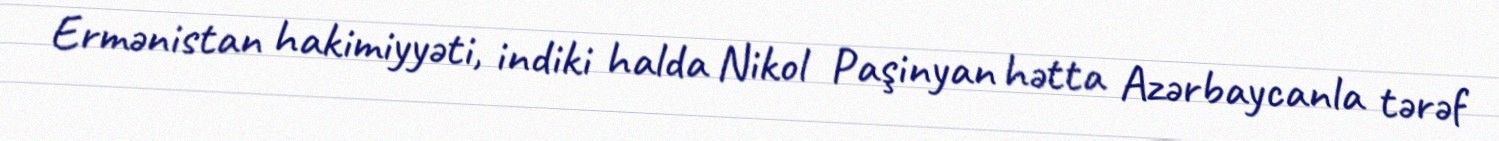
Ermənistan hakimiyyəti, indiki halda Nikol Paşinyan hətta Azərbaycanla tərəf